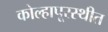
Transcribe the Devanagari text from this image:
कोल्हापूरस्थीत